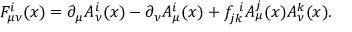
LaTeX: F _ { \mu \nu } ^ { i } ( x ) = \partial _ { \mu } A _ { \nu } ^ { i } ( x ) - \partial _ { \nu } A _ { \mu } ^ { i } ( x ) + f _ { j k } ^ { \, \, \, i } A _ { \mu } ^ { j } ( x ) A _ { \nu } ^ { k } ( x ) .